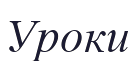
Уроки